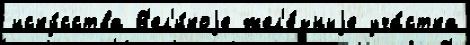
иску́сства В'ел'и́коjе жел'е́зныjе уча́стка